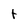
Character: t